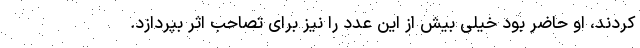
کردند، او حاضر بود خیلی بیش از این عدد را نیز برای تصاحب اثر بپردازد.